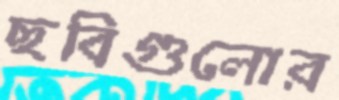
ছবিগুলোর